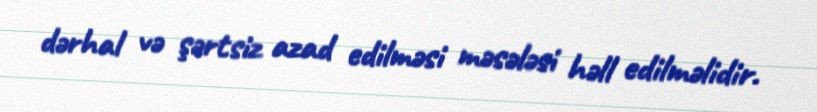
dərhal və şərtsiz azad edilməsi məsələsi həll edilməlidir.